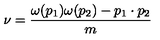
\nu = \frac { \omega ( p _ { 1 } ) \omega ( p _ { 2 } ) - p _ { 1 } \cdot p _ { 2 } } { m }